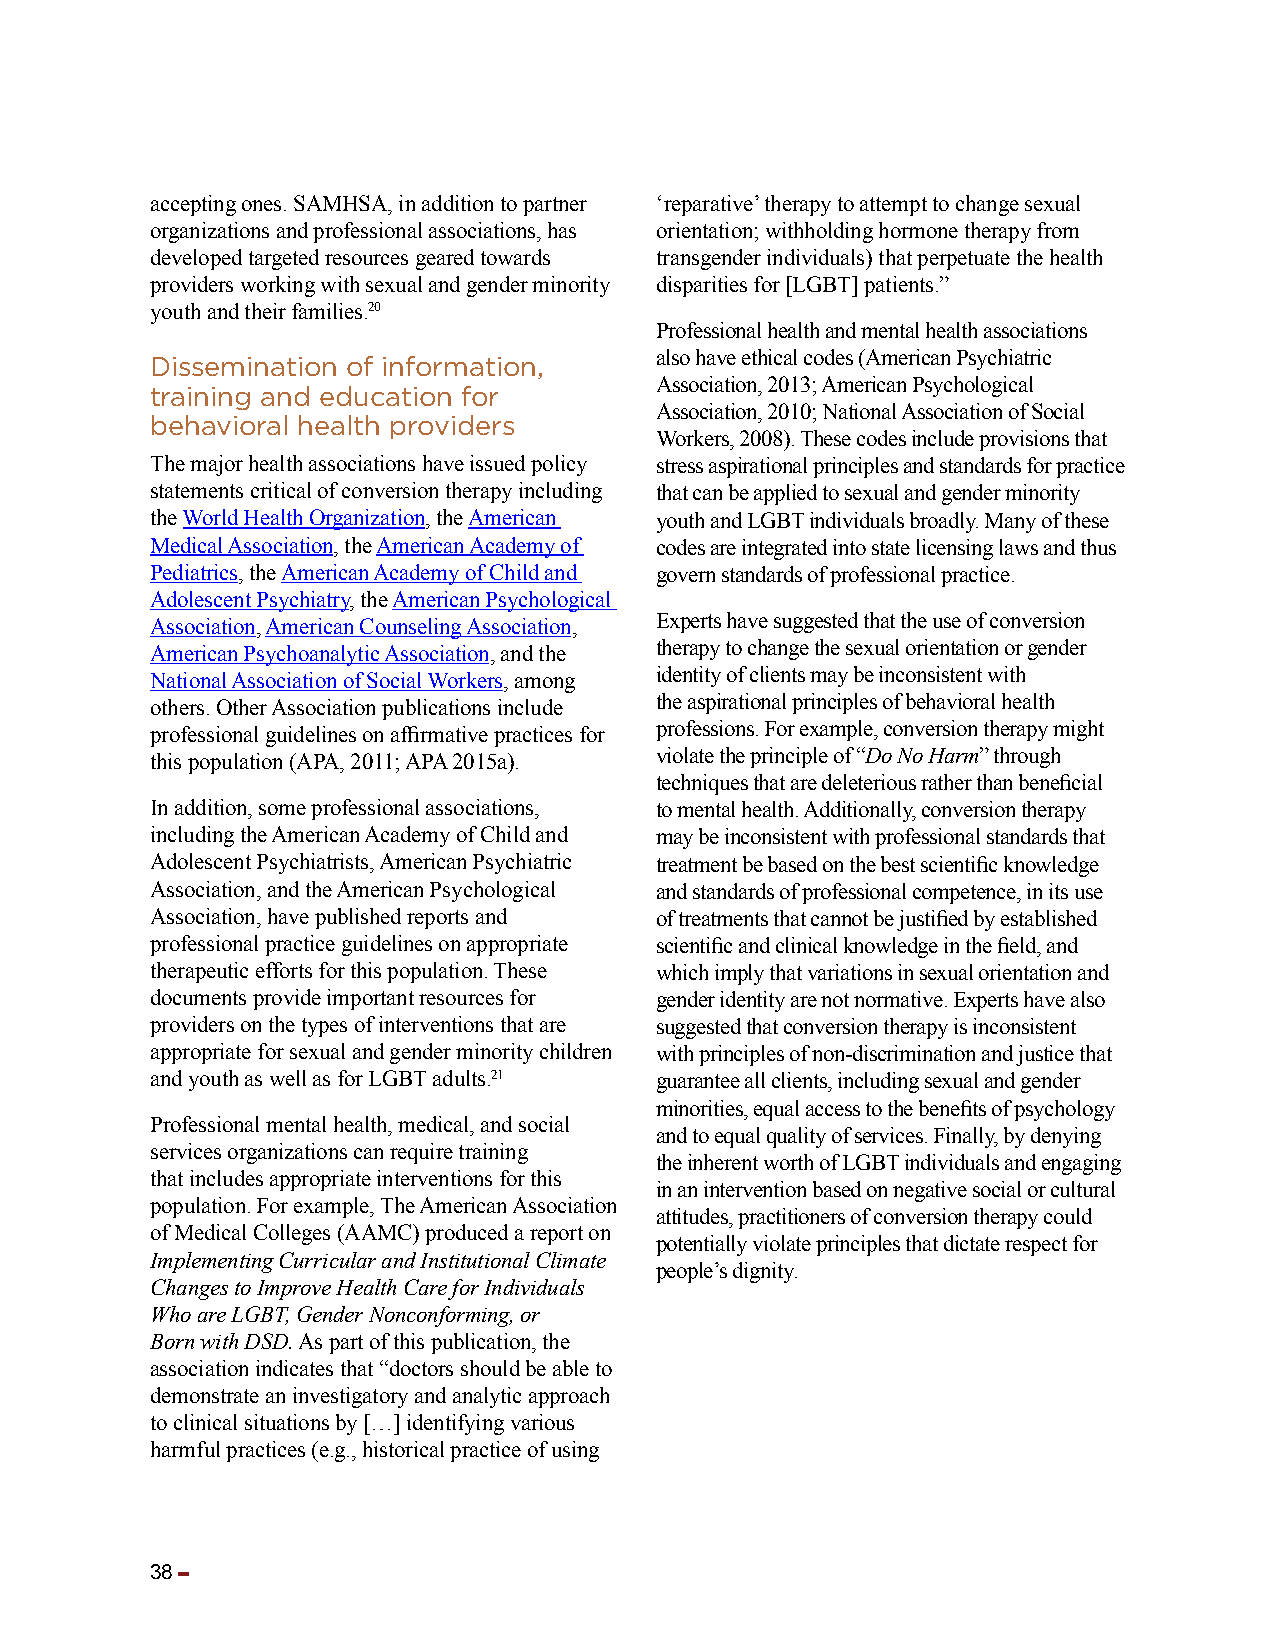
accepting ones. SAMHSA, in addition to partner ‘reparative’ therapy to attempt to change sexual
 organizations and professional associations, has orientation; withholding hormone therapy from
 developed targeted resources geared towards transgender individuals) that perpetuate the health
 providers working with sexual and gender minority disparities for [LGBT] patients.”
 youth and their families.20
 Professional health and mental health associations
 also have ethical codes (American Psychiatric
 Dissemination of information,
 Association, 2013; American Psychological
 training and education for
 Association, 2010; National Association of Social
 behavioral health providers
 Workers, 2008). These codes include provisions that
 The major health associations have issued policy stress aspirational principles and standards for practice
 statements critical of conversion therapy including that can be applied to sexual and gender minority
 the World Health Organization, the American youth and LGBT individuals broadly. Many of these
 Medical Association, the American Academy of codes are integrated into state licensing laws and thus
 Pediatrics, the American Academy of Child and govern standards of professional practice.
 Adolescent Psychiatry, the American Psychological
 Association, American Counseling Association, Experts have suggested that the use of conversion
 American Psychoanalytic Association, and the therapy to change the sexual orientation or gender
 National Association of Social Workers, among identity of clients may be inconsistent with
 others. Other Association publications include the aspirational principles of behavioral health
 professional guidelines on affirmative practices for professions. For example, conversion therapy might
 this population (APA, 2011; APA 2015a). violate the principle of “Do No Harm” through
 techniques that are deleterious rather than beneficial
 In addition, some professional associations, to mental health. Additionally, conversion therapy
 including the American Academy of Child and may be inconsistent with professional standards that
 Adolescent Psychiatrists, American Psychiatric treatment be based on the best scientific knowledge
 Association, and the American Psychological and standards of professional competence, in its use
 Association, have published reports and of treatments that cannot be justified by established
 professional practice guidelines on appropriate scientific and clinical knowledge in the field, and
 therapeutic efforts for this population. These which imply that variations in sexual orientation and
 documents provide important resources for gender identity are not normative. Experts have also
 providers on the types of interventions that are suggested that conversion therapy is inconsistent
 appropriate for sexual and gender minority children with principles of non-discrimination and justice that
 and youth as well as for LGBT adults.21 guarantee all clients, including sexual and gender
 minorities, equal access to the benefits of psychology
 Professional mental health, medical, and social
 and to equal quality of services. Finally, by denying
 services organizations can require training
 the inherent worth of LGBT individuals and engaging
 that includes appropriate interventions for this
 in an intervention based on negative social or cultural
 population. For example, The American Association
 attitudes, practitioners of conversion therapy could
 of Medical Colleges (AAMC) produced a report on
 potentially violate principles that dictate respect for
 Implementing Curricular and Institutional Climate
 people’s dignity.
 Changes to Improve Health Care for Individuals
 Who are LGBT, Gender Nonconforming, or
 Born with DSD. As part of this publication, the
 association indicates that “doctors should be able to
 demonstrate an investigatory and analytic approach
 to clinical situations by […] identifying various
 harmful practices (e.g., historical practice of using
 38 ▬